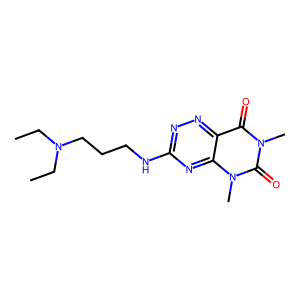
SMILES: CCN(CC)CCCNc1nnc2c(=O)n(C)c(=O)n(C)c2n1
Inhibits HIV replication: No